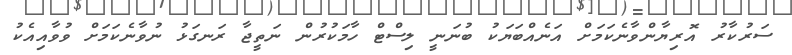
ސަރުކާރު އޮރިޔާންވާނެކަމަށް އަނެއްބަޔަކު ބުނަނީ ލިސްޓް ހާމަކުރުން ނަތީޖާ ރަނގަޅު ނުވާނެކަމަށް ވުވާއިއެކު